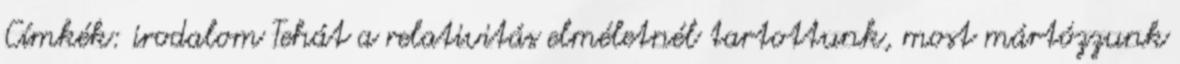
Címkék: irodalom Tehát a relativitás elméletnél tartottunk, most mártózzunk